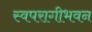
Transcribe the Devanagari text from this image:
स्वपरागीभवन